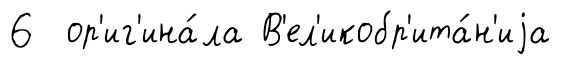
6 ор'иг'ина́ла В'ел'икобр'ита́н'иjа